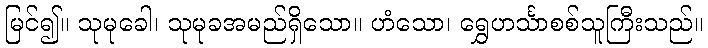
မြင်၍။ သုမုခေါ၊ သုမုခအမည်ရှိသော။ ဟံသော၊ ရွှေဟင်္သာစစ်သူကြီးသည်။